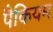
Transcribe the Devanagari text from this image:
पैकियम